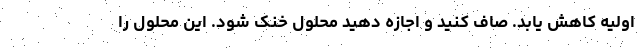
اولیه کاهش یابد. صاف کنید و اجازه دهید محلول خنک شود. این محلول را